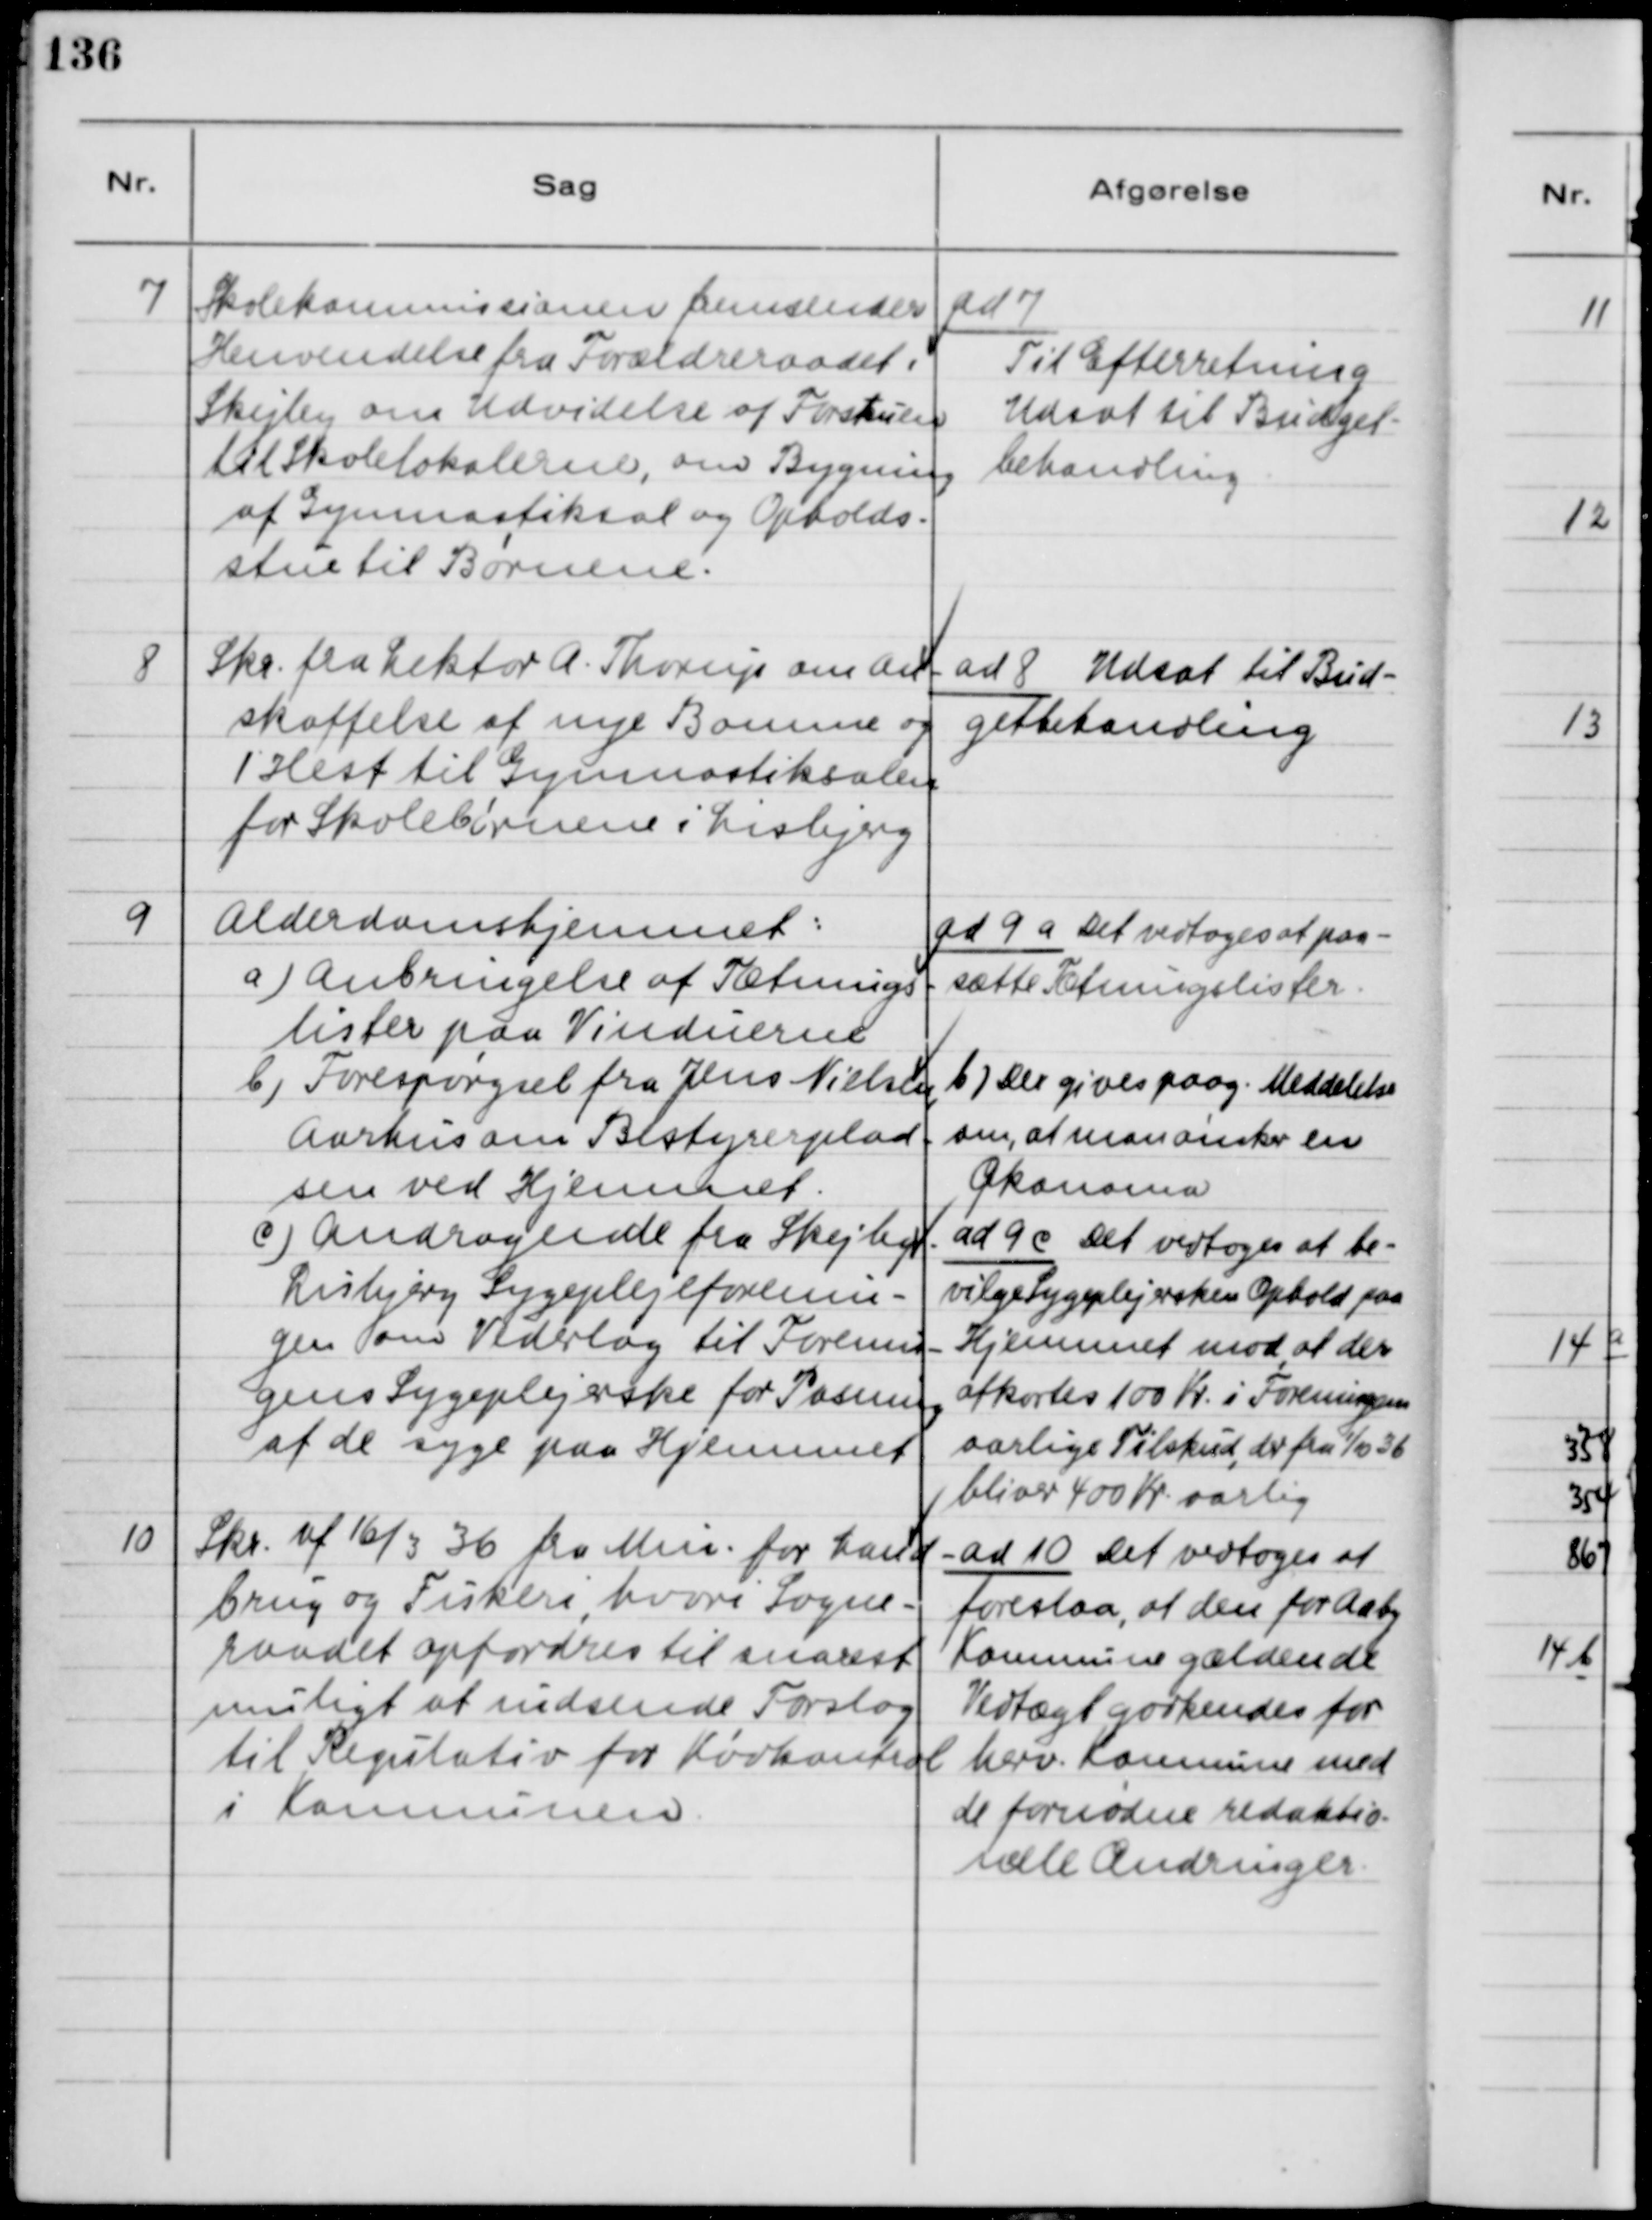
Transskription:
7
Skolekommissionen fremsender
Henvendelse fra Forældreraadet i
Skejby om Udvidelse af Forstuen
til Skolelokalerne, om Bygning
af Gymnastiksal og Opholds-
stue til Børnene.
ad 7
Til Efterretning
Udsat til Budget-
behandling.
8
Skr. fra Lektor A.Thorup om an-
skaffelse af nye Bomme og
1 Hest til Gymnastiksalen
for Skolebørnene i Lisbjerg.
ad 8 Udsat til Bud-
getbehandling.
9
Alderdomshjemmet:
a) Anbringelse af Tætnings-
lister paa Vinduerne.
b) Forespørgsel fra Jens Nielsen
Aarhus om Bestyrelsesplad-
sen ved Hjemmet.
c) Andragende fra Skejby-
Lisbjerg Sygeplejeforenin-
gen om Vederlag til Forenin-
gens Sygeplejerske for Pasning
af de syge paa Hjemmet.
ad 9 a Det vedtoges at paa-
sætte Tætningslister.
b) Der gives paag. Meddelelse
om, at man ønsker en
Økonoma.
ad 9 c Det vedtoges at be-
vilge Sygeplejersken Ophold paa
Hjemmet mod at der
afkortes 100 Kr i Foreningens
aarlige Tilskud, der fra 1/10 36
bliver 400 kr aarlig.
10
Skr. af 16/3 36 fra Mni. for Land-
brug og Fiskeri, hvori Sogne-
raadet opfordres til snarest
muligt at indsende Forslag
til Regulativ for Kødkontrol
i Kommunen.
ad 10 Det vedtoges at
foreslaa, at den for Aaby
Kommune gældende
Vedtægt godkendes for
herv. Kommune med
de fornødne redaktio-
nelle Ændringer.